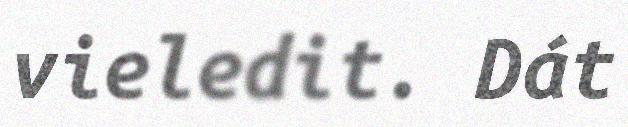
vieledit. Dát